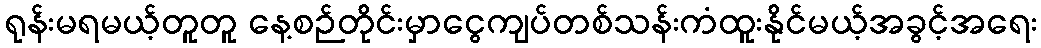
ရုန်းမရမယ့်တူတူ နေ့စဉ်တိုင်းမှာငွေကျပ်တစ်သန်းကံထူးနိုင်မယ့်အခွင့်အရေး